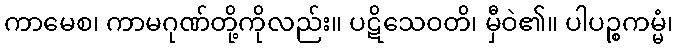
ကာမေစ၊ ကာမဂုဏ်တို့ကိုလည်း။ ပဋိသေဝတိ၊ မှီဝဲ၏။ ပါပဉ္စကမ္မံ၊